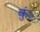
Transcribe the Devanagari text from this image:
कुं०